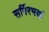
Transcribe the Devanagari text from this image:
सर्पिरभयां